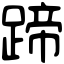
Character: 蹄